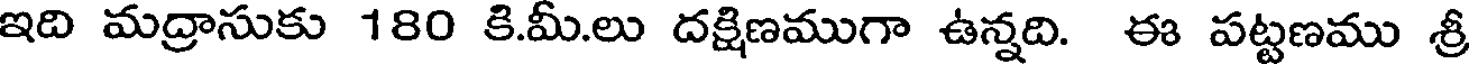
ఇది మద్రాసుకు 180 కి.మీ.లు దక్షిణముగా ఉన్నది. ఈ పట్టణము శ్రీ